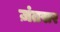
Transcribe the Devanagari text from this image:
ज़ंतसर